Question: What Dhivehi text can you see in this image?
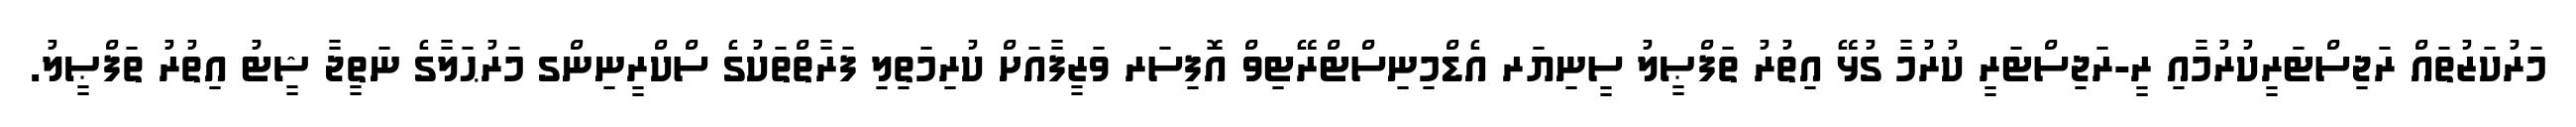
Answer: މަރުކަޒުތައް ރަޖިސްޓަރީކުރުމާއި ރީ-ރަޖިސްޓަރީ ކުރުމާ ގުޅޭ އިތުރު ތަފްޞީލު ސީނިޔަރ އެޑްމިނިސްޓްރޭޓިވް އޮފިސަރ ވަޒީފާއަށް ކުރިމަތިލި ފަރާތްތަކުގެ ސްކްރީނިންގ މަރުޙަލާގެ ނަތީޖާ ޝީޓު އިތުރު ތަފްޞީލު.